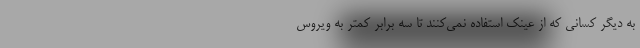
به دیگر کسانی که از عینک استفاده نمی‌کنند تا سه برابر کمتر به ویروس